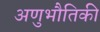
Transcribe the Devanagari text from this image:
अणुभौतिकी